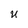
Character: U